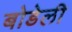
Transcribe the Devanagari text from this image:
बोडेली